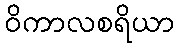
ဝိကာလစရိယာ